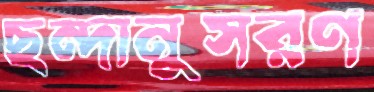
ছন্দানুসরণ